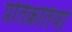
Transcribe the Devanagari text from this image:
प्रतिक्रतियां